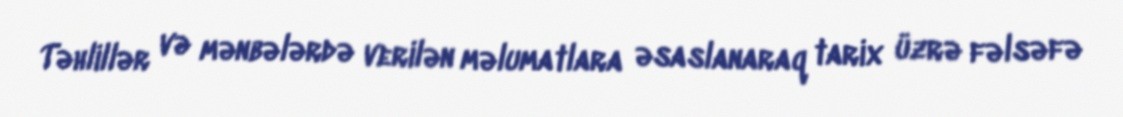
Təhlillər və mənbələrdə verilən məlumatlara əsaslanaraq tarix üzrə fəlsəfə